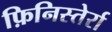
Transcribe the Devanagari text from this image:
फ़िनिस्तेर्रा